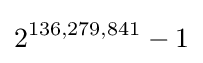
2^{136,279,841}-1